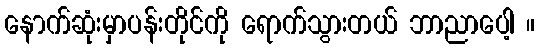
နောက်ဆုံးမှာပန်းတိုင်ကို ရောက်သွားတယ် ဘာညာပေါ့ ။